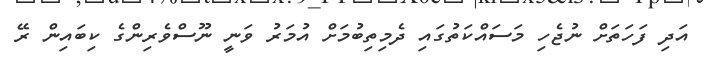
އަދި ފަހަތަށް ނުޖެހި މަސައްކަތުގައި ދެމިތިބުމަށް އުމަރު ވަނީ ނޫސްވެރިންގެ ކިބައިން ރޭ